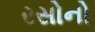
રસોનો